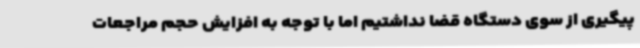
پیگیری از سوی دستگاه قضا نداشتیم اما با توجه به افزایش حجم مراجعات